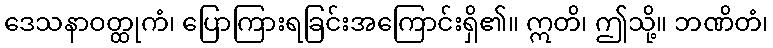
ဒေသနာဝတ္ထုကံ၊ ပြောကြားရခြင်းအကြောင်းရှိ၏။ ဣတိ၊ ဤသို့။ ဘဏိတံ၊